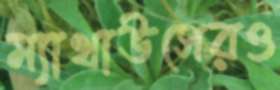
ম্যাথাউসেরও